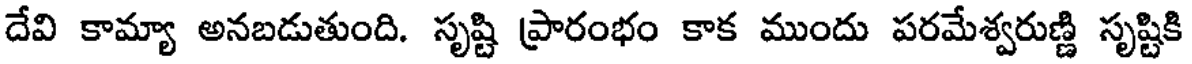
దేవి కామ్యా అనబడుతుంది. సృష్టి ప్రారంభం కాక ముందు పరమేశ్వరుణ్ణి సృష్టికి